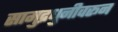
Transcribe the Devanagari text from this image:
सामुद्रधुनीवरून